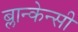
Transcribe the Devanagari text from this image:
ब्लान्केन्सी